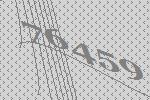
76459